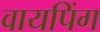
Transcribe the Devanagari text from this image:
वायपिंग